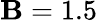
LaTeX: \mathbf{B}=1.5